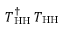
T _ { \mathrm { H H } } ^ { \dagger } \, T _ { \mathrm { H H } }